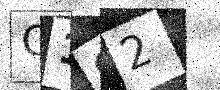
Text: C192